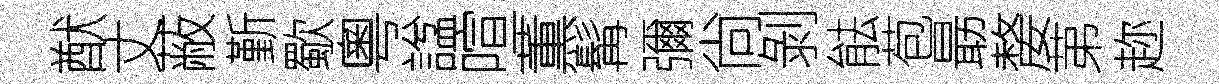
猷丈蔽斳歜粵諡喧薫髯彌尙剝䏻苞朂嫠苐趂